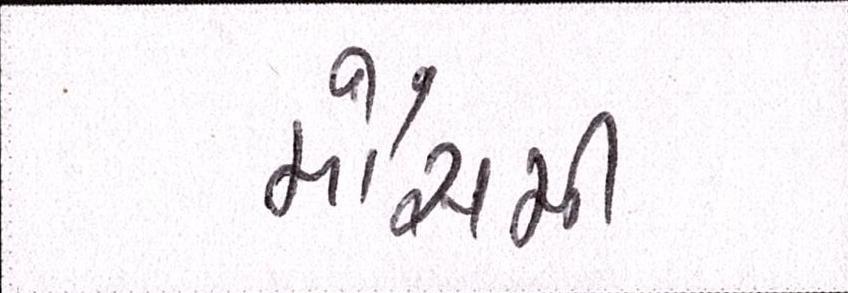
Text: મૌસમી